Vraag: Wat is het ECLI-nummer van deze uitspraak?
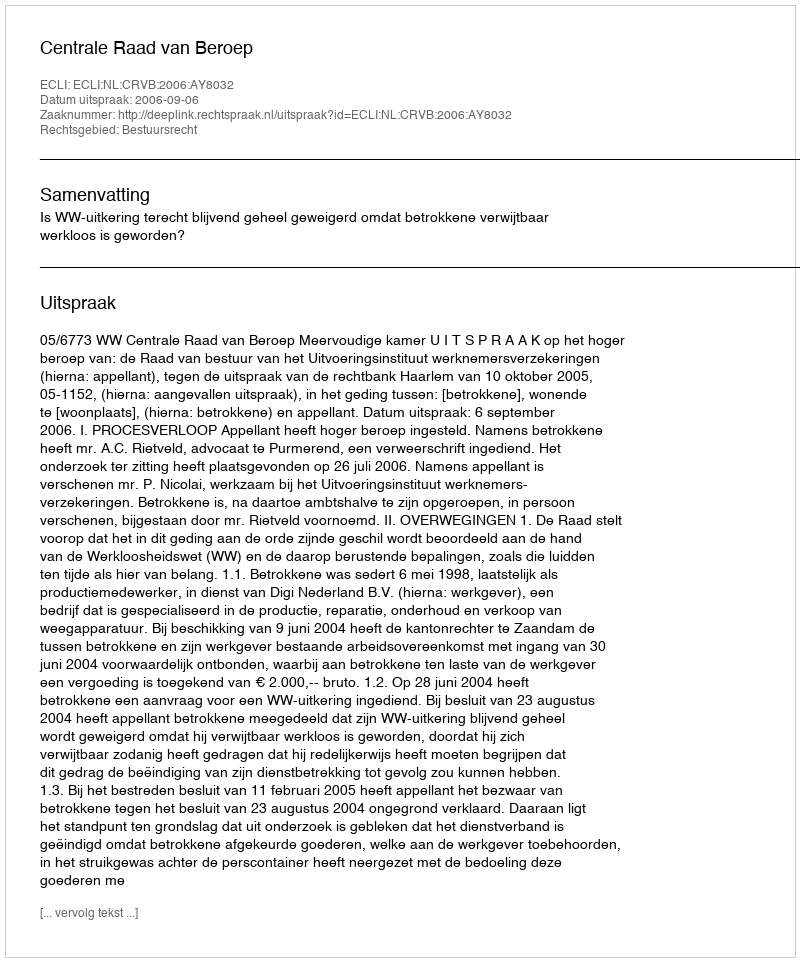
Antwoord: ECLI:NL:CRVB:2006:AY8032